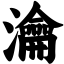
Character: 瀹